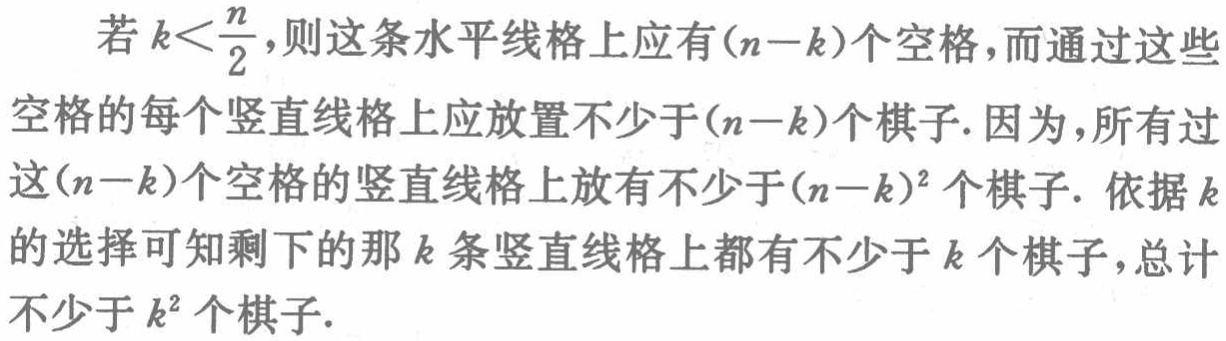
若\(k<\frac{n}{2}\)，则这条水平线格上应有\((n - k)\)个空格，而通过这些空格的每个竖直线格上应放置不少于\((n - k)\)个棋子. 因为，所有过这\((n - k)\)个空格的竖直线格上放有不少于\((n - k)^2\)个棋子. 依据\(k\)的选择可知剩下的那\(k\)条竖直线格上都有不少于\(k\)个棋子，总计不少于\(k^2\)个棋子.